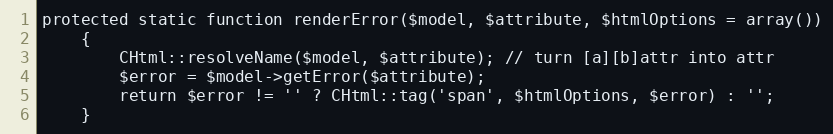
Language: PHP
protected static function renderError($model, $attribute, $htmlOptions = array())
	{
		CHtml::resolveName($model, $attribute); // turn [a][b]attr into attr
		$error = $model->getError($attribute);
		return $error != '' ? CHtml::tag('span', $htmlOptions, $error) : '';
	}